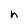
Character: h